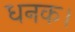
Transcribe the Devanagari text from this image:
धनक।